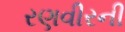
રણવીરની